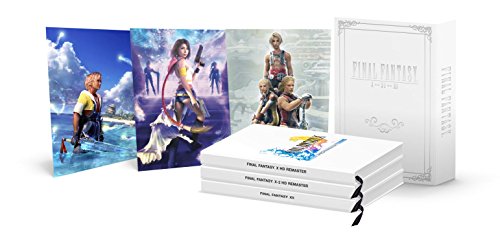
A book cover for Final Fantasy Box Set 2: Official Game Guide; Prima Games; Science Fiction & Fantasy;